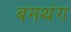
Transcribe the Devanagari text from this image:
बमथंग